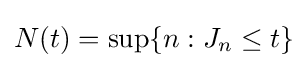
N(t)=\sup\{n:J_{n}\leq t\}